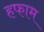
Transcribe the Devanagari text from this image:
हफाम